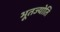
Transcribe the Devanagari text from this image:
भूतज्योति